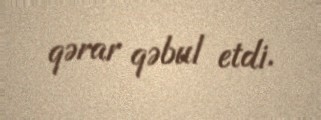
qərar qəbul etdi.